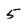
Character: 5